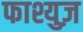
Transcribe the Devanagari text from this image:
फाश्युज़